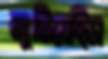
লুটিয়েছিস